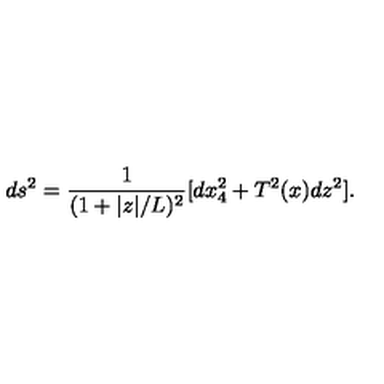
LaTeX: d s ^ { 2 } = \frac { 1 } { ( 1 + | z | / L ) ^ { 2 } } [ d x _ { 4 } ^ { 2 } + T ^ { 2 } ( x ) d z ^ { 2 } ] .